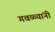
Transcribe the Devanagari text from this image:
गवळ्यांनी